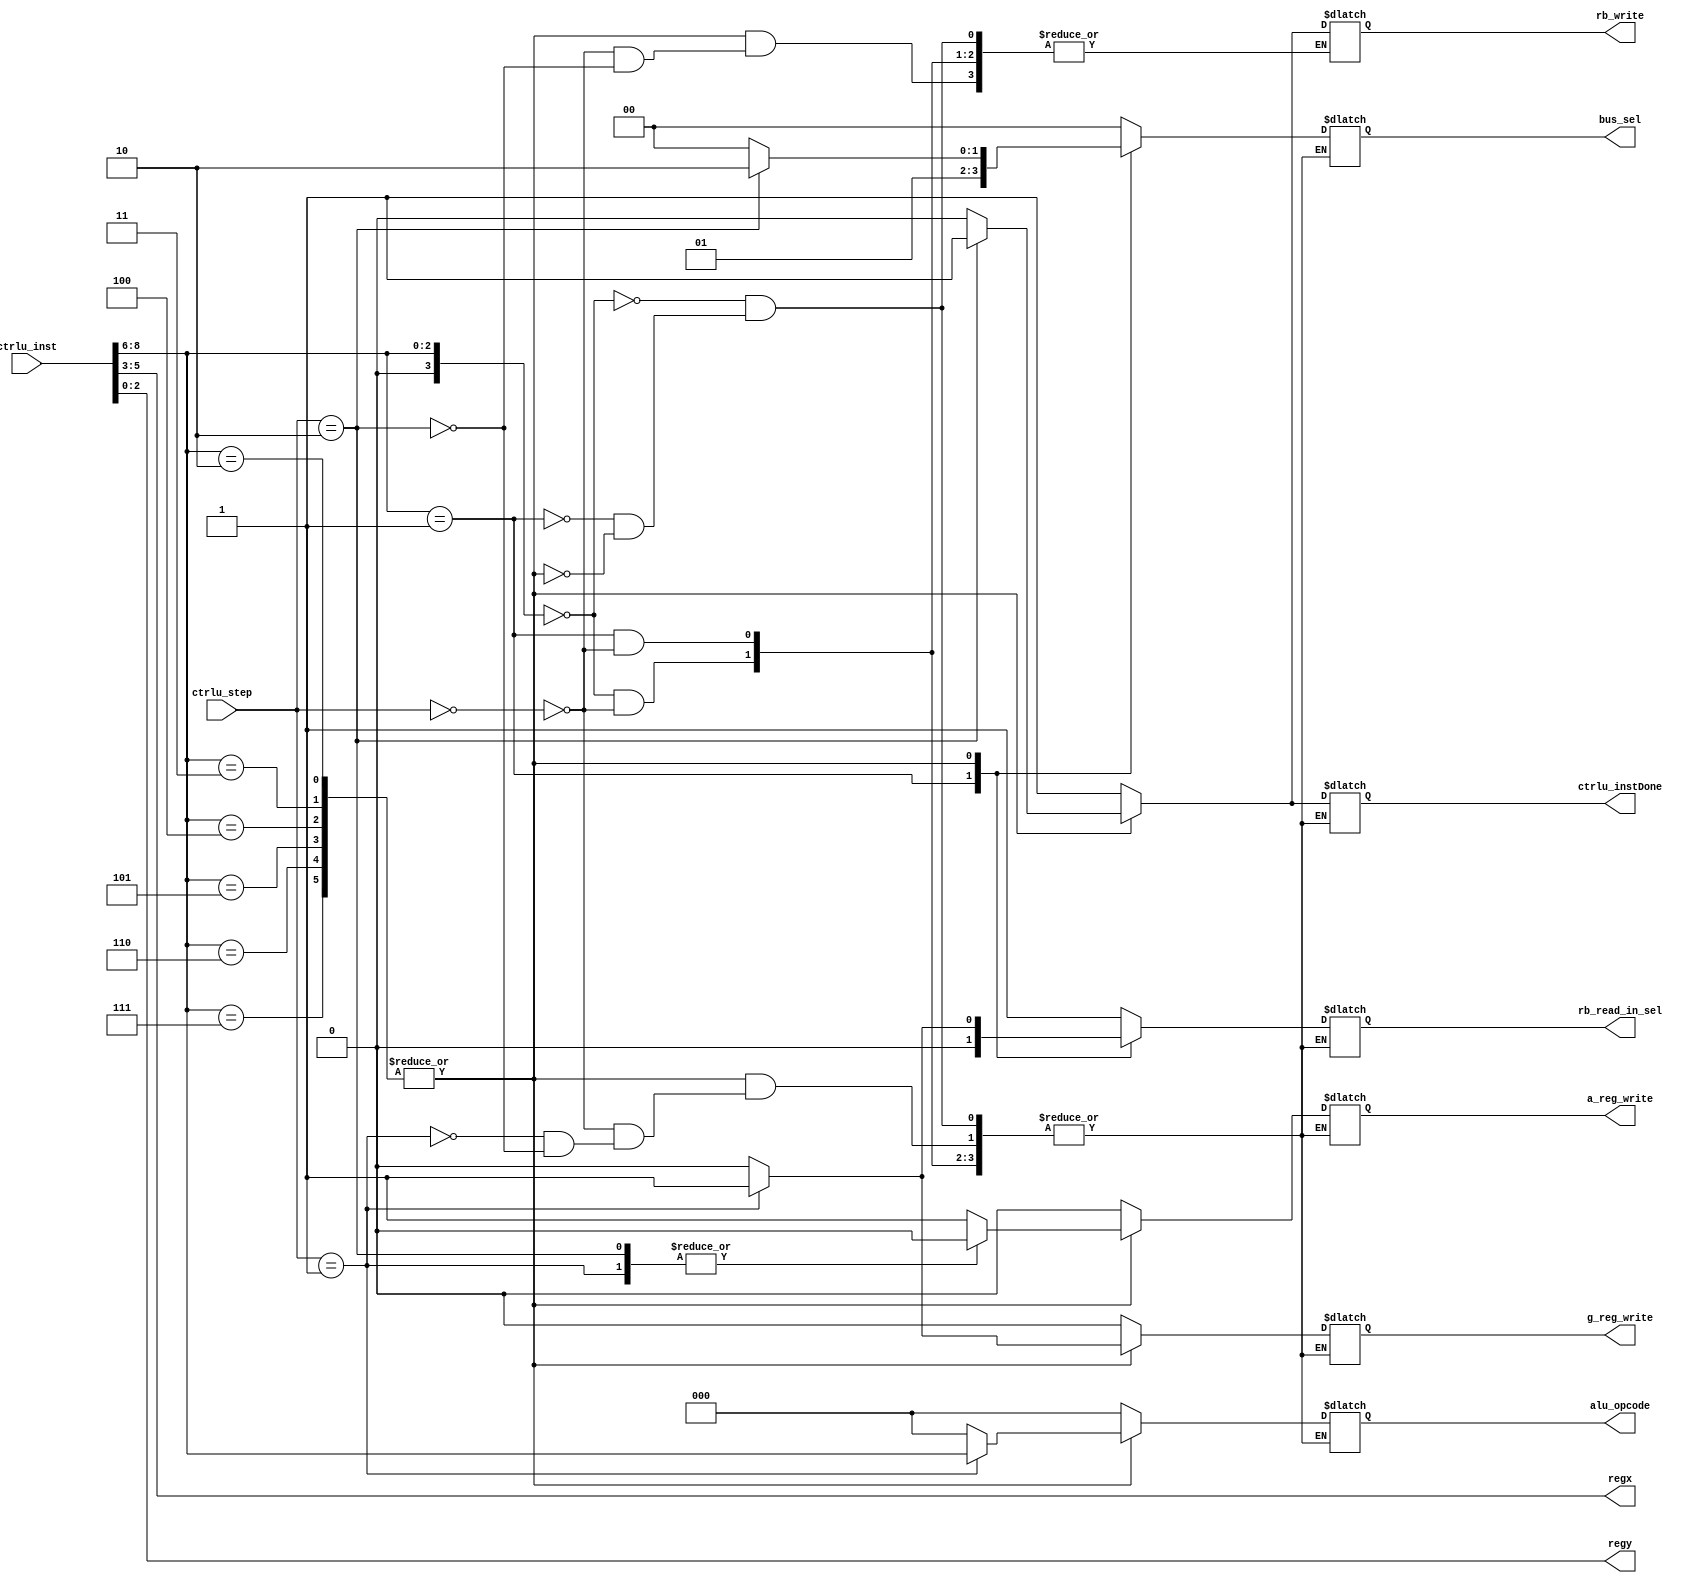
module CtrlUnit(
	input [8:0] ctrlu_inst,
	input [1:0] ctrlu_step,
	output reg ctrlu_instDone,
	// Control Signals
	// "A" and "G" register write flag
	output reg a_reg_write,
	output reg g_reg_write,
	// RegistersBank's flag and Mux's control
	output reg rb_write,
	output reg rb_read_in_sel,
	// Bus' Mux control
	output reg [1:0] bus_sel,
	// Alu operation
	output reg [2:0] alu_opcode,
	// Register's Field Values
	output [2:0] regx, regy
);

	//Instruction decomposition
	wire [3:0] op_code;
	assign op_code = ctrlu_inst[8:6];

	assign regx = ctrlu_inst[5:3];
	assign regy = ctrlu_inst[2:0]; 

	initial begin
		#0
		a_reg_write <= 0;
		g_reg_write <= 0;
		rb_write <= 0;
		rb_read_in_sel <= 0;
		ctrlu_instDone <= 0;
		bus_sel <= 0;
		alu_opcode <= 0;

	end

	always@(ctrlu_inst or ctrlu_step) begin
		case(op_code)
			3'b000: begin // mv
				case(ctrlu_step)//mv
					2'b00: begin
						bus_sel <= 0;
						rb_read_in_sel <= 1;

						rb_write <= 1;
						ctrlu_instDone <= 1; 

						a_reg_write <= 0;
						g_reg_write <= 0;

						alu_opcode <= 0;
					end
					default: begin
						$display("Unexpeted step in mv, not reseted");
					end
				endcase
			end
			3'b001: begin // mvi
				case(ctrlu_step)
					2'b00: begin
						bus_sel <= 1;
			
						rb_write <= 1;
						ctrlu_instDone <= 1;

						a_reg_write <= 0;
						g_reg_write <= 0;

						rb_read_in_sel <= 0;
						alu_opcode <= 0;
					end
					default: begin
						$display("Unexpeted step in mvi, not reseted");
					end
				endcase	
			end
			3'b010,3'b011,3'b100,3'b101,3'b110,3'b111: begin // add,sub,or,slt,sll,slr
				case(ctrlu_step)
					2'b00: begin
						bus_sel <= 0;
						rb_read_in_sel <= 0;
						
						ctrlu_instDone <= 0; 						
						
						a_reg_write <= 1;
						g_reg_write <= 0;

						rb_write <= 0;
						alu_opcode <= 0;
					end
					2'b01: begin
						bus_sel <= 0;
						rb_read_in_sel <= 1;

						alu_opcode <= op_code;

						a_reg_write <= 0;
						g_reg_write <= 1;	

						ctrlu_instDone <= 0;				
					end
					2'b10: begin
						bus_sel <= 10;

						rb_write <= 1;
						a_reg_write <= 0;
						g_reg_write <= 0;	

						ctrlu_instDone <= 1; 

						rb_read_in_sel <= 0;
						alu_opcode <= 0;
					end
					default: begin
						$display("Unexpeted step in aluops, not reseted");
					end						
				endcase
			end
		endcase
	end
endmodule